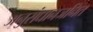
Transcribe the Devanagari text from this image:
अनुसंधानजनित